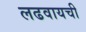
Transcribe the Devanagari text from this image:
लढवायची